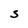
Character: S